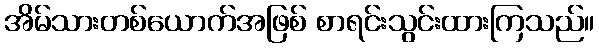
အိမ်သားတစ်ယောက်အဖြစ် စာရင်းသွင်းထားကြသည်။